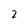
Character: 2